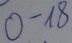
Text: 0-18